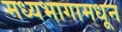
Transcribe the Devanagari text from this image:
मध्यभागामधून